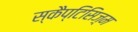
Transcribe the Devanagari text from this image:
स्कैप्टिसिज़्म